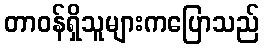
တာဝန်ရှိသူများကပြောသည်